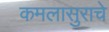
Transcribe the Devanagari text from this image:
कमलासुराचे